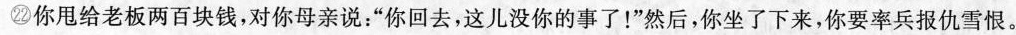
㉒你甩给老板两百块钱，对你母亲说：“你回去，这儿没你的事了！”然后，你坐了下来，你要率兵报仇雪恨。